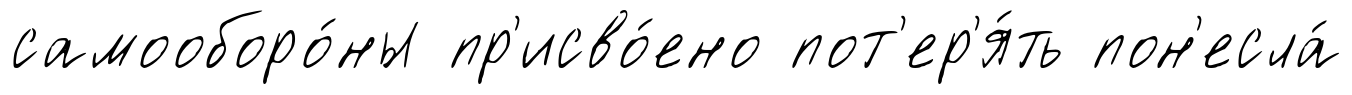
самооборо́ны пр'исво́ено пот'ер'я́ть пон'есла́